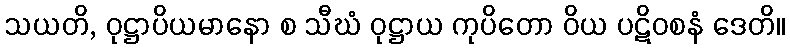
သယတိ, ဝုဋ္ဌာပိယမာနော စ သီဃံ ဝုဋ္ဌာယ ကုပိတော ဝိယ ပဋိဝစနံ ဒေတိ။